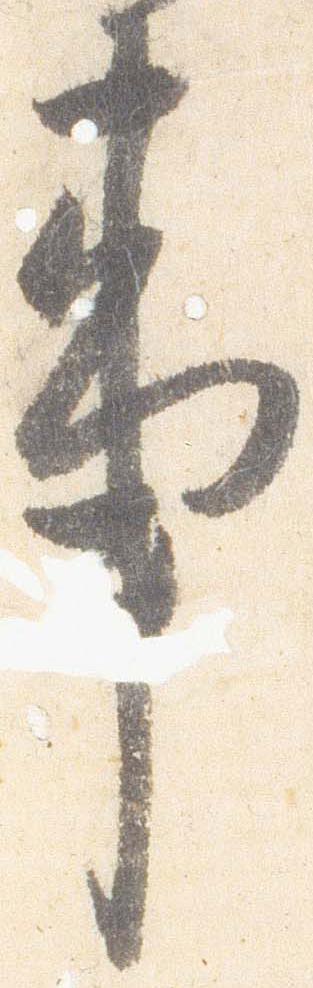
事